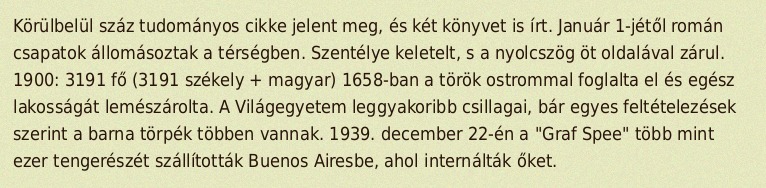
Körülbelül száz tudományos cikke jelent meg, és két könyvet is írt. Január 1-jétől román csapatok állomásoztak a térségben. Szentélye keletelt, s a nyolcszög öt oldalával zárul. 1900: 3191 fő (3191 székely + magyar) 1658-ban a török ostrommal foglalta el és egész lakosságát lemészárolta. A Világegyetem leggyakoribb csillagai, bár egyes feltételezések szerint a barna törpék többen vannak. 1939. december 22-én a "Graf Spee" több mint ezer tengerészét szállították Buenos Airesbe, ahol internálták őket.